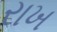
રાખ